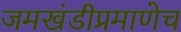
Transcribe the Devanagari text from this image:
जमखंडीप्रमाणेच